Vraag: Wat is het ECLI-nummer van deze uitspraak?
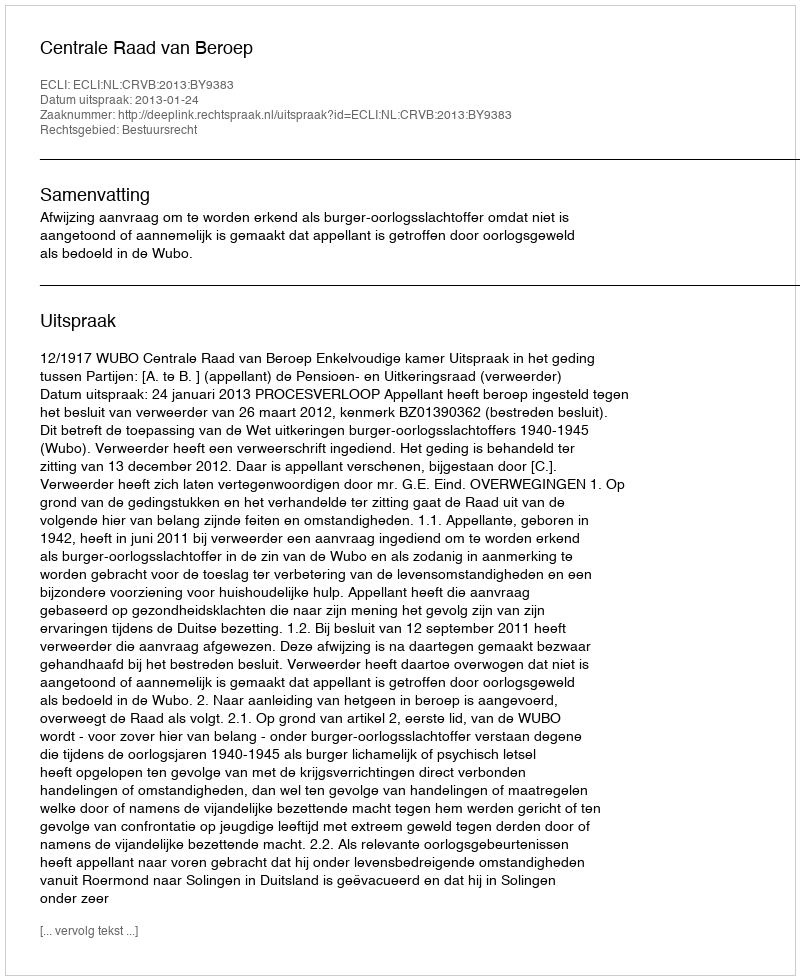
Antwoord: ECLI:NL:CRVB:2013:BY9383